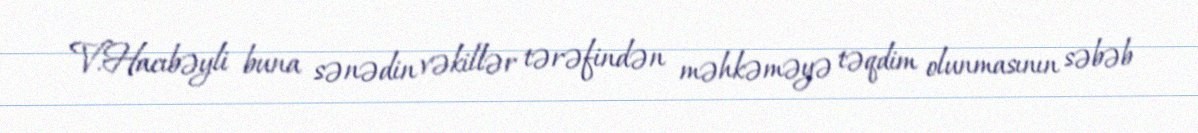
V.Hacıbəyli buna sənədin vəkillər tərəfindən məhkəməyə təqdim olunmasının səbəb